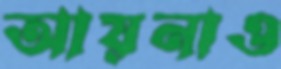
আয়নাও